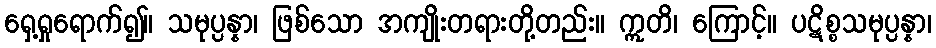
ရှေ့ရှုရောက်၍။ သမုပ္ပန္နာ၊ ဖြစ်သော အကျိုးတရားတို့တည်း။ ဣတိ၊ ကြောင့်။ ပဋိစ္စသမုပ္ပန္နာ၊